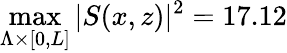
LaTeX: \operatorname*{max}_{\Lambda\times\lbrack 0,L\rbrack}\vert S(x,z)\vert^{2}=17.12